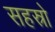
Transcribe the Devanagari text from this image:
सहस्रो